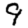
Digit: 9